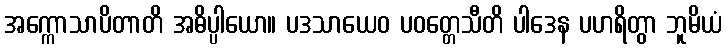
အက္ကောသာပိတာတိ အဓိပ္ပါယော။ ပဒသာယေဝ ပဝတ္တေသီတိ ပါဒေန ပဟရိတွာ ဘူမိယံ